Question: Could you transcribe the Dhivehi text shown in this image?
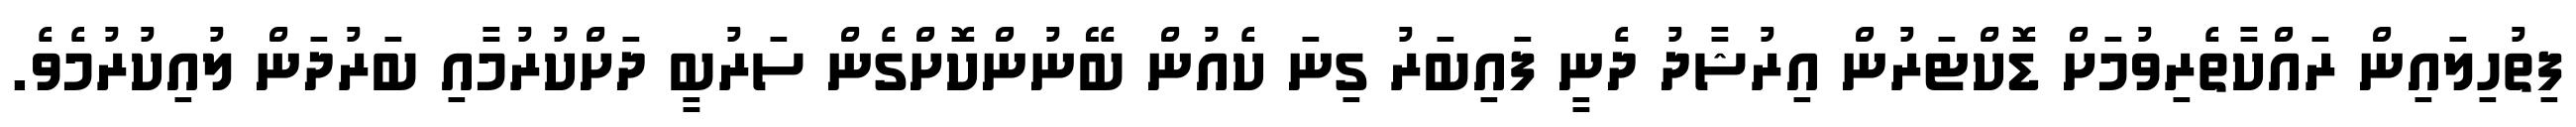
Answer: ފިތުހިލައިން ރައްކާތެރިވުމަށް ޑޮކްޓަރުން އިރުޝާދު ދެނީ ފައިބަރު ގިނަ ކެއުން ބޭނުންކޮށްގެން ސަރުބީ ދަށްކުރުމާއި ބަރުދަން ލުއިކުރުމެވެ.